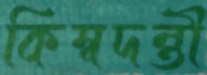
কিম্বদন্তী